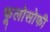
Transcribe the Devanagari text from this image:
फूलोसोफी